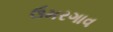
ઉમરગાવ